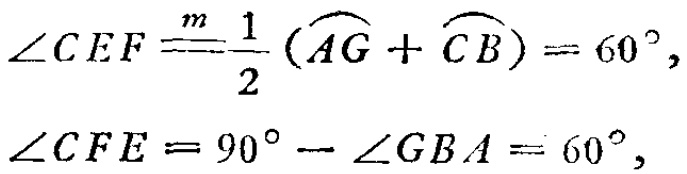
\(\angle CEF\overset{m}{=}\frac{1}{2}(\overset{\frown}{AG} + \overset{\frown}{CB}) = 60^{\circ},\)
\(\angle CFE = 90^{\circ} - \angle GBA = 60^{\circ},\)